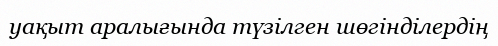
уақыт аралығында түзілген шөгінділердің